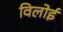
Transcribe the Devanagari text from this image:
विलोई